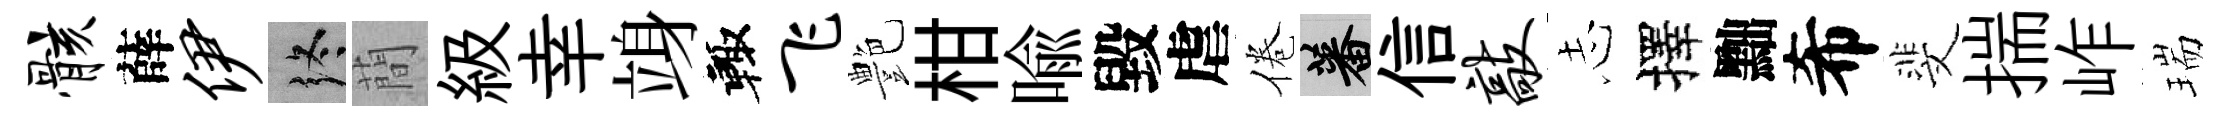
骸薛伊终蕳級幸竧輙飞艶柑喩毀虐倦蕃信敲𢖽擇黜希斐揣岞瑞